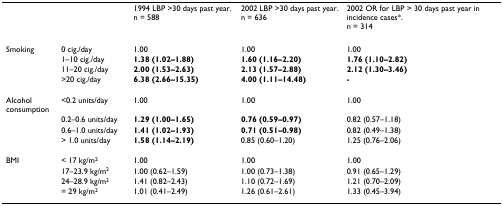
|  |  | 1994 LBP >30 days past year. n = 588 | 2002 LBP >30 days past year. n = 636 | 2002 OR for LBP > 30 days past year in incidence cases*. n = 314 |
 | --- | --- | --- | --- | --- |
 | Smoking | 0 cig./day | 1.00 | 1.00 | 1.00 |
 |  | 1–10 cig./day | 1.38 (1.02–1.88) | 1.60 (1.16–2.20) | 1.76 (1.10–2.82) |
 |  | 11–20 cig./day | 2.00 (1.53–2.63) | 2.13 (1.57–2.88) | 2.12 (1.30–3.46) |
 |  | >20 cig./day | 6.38 (2.66–15.35) | 4.00 (1.11–14.48) | - |
 | Alcohol consumption | <0.2 units/day | 1.00 | 1.00 | 1.00 |
 |  | 0.2–0.6 units/day | 1.29 (1.00–1.65) | 0.76 (0.59–0.97) | 0.82 (0.57–1.18) |
 |  | 0.6–1.0 units/day | 1.41 (1.02–1.93) | 0.71 (0.51–0.98) | 0.82 (0.49–1.38) |
 |  | > 1.0 units/day | 1.58 (1.14–2.19) | 0.85 (0.60–1.20) | 1.25 (0.76–2.06) |
 | BMI | < 17 kg/m2 | 1.00 | 1.00 | 1.00 |
 |  | 17–23.9 kg/m2 | 1.00 (0.62–1.59) | 1.00 (0.73–1.38) | 0.91 (0.65–1.29) |
 |  | 24–28.9 kg/m2 | 1.41 (0.82–2.43) | 1.10 (0.72–1.69) | 1.21 (0.70–2.09) |
 |  | = 29 kg/m2 | 1.01 (0.41–2.49) | 1.26 (0.61–2.61) | 1.33 (0.45–3.94) |